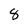
Character: 8